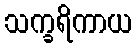
သက္ခရိကာယ